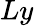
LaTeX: Ly